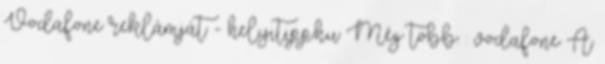
Vodafone reklámját - helyitipp.hu Még több: : vodafone A